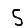
Digit: 5